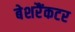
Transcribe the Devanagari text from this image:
बेशरैंकटर